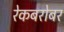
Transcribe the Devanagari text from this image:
रेकबरोबर